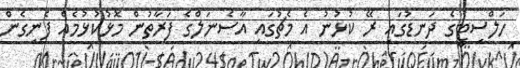
ހަލްސިޓީގެ ދަނޑުގައި ރޭ ކުޅުނު އެ މެޗުގައި އާސެނަލްގެ ފަރާތުން މޮޅުކުޅުމެއް ފެނިގެން